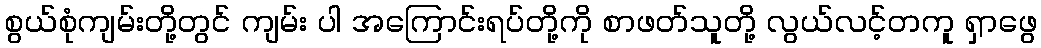
စွယ်စုံကျမ်းတို့တွင် ကျမ်း ပါ အကြောင်းရပ်တို့ကို စာဖတ်သူတို့ လွယ်လင့်တကူ ရှာဖွေ